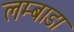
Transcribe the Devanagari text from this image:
लम्बाडा